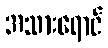
အသားရောင်